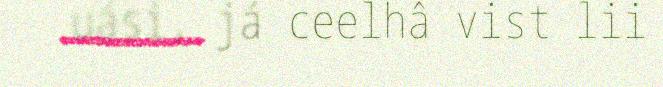
uási, já ceelhâ vist lii